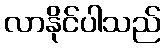
လာနိုင်ပါသည်